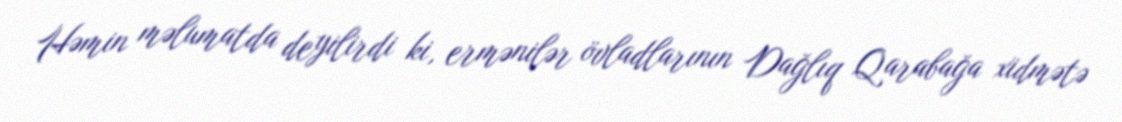
Həmin məlumatda deyilirdi ki, ermənilər övladlarının Dağlıq Qarabağa xidmətə